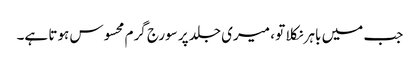
جب میں باہر نکلا تو ، میری جلد پر سورج گرم محسوس ہوتا ہے۔